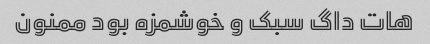
هات داگ سبک و خوشمزه بود ممنون